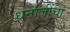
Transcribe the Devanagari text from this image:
धनाजींचा